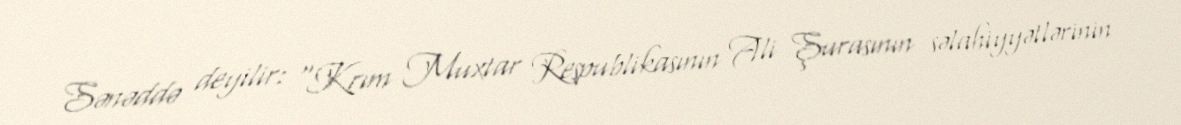
Sənəddə deyilir: "Krım Muxtar Respublikasının Ali Şurasının səlahiyyətlərinin